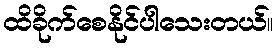
ထိခိုက်စေနိုင်ပါသေးတယ်။